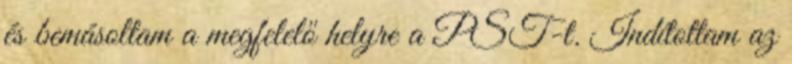
és bemásoltam a megfelelő helyre a PST-t. Indítottam az